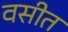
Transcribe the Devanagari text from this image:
वसीत